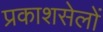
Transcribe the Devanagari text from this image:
प्रकाशसेलों